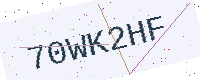
Text: 70WK2HF